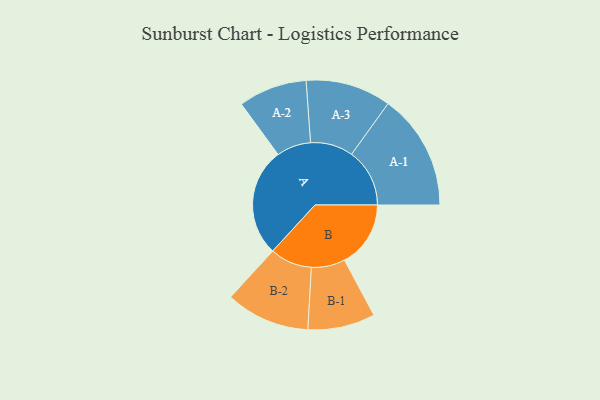
{"axis": {"x": "Segment", "y": "Value"}, "legend": ["", "A", "B"], "data": [{"x": "A", "y": 493, "type": ""}, {"x": "B", "y": 301, "type": ""}, {"x": "A-1", "y": 264, "type": "A"}, {"x": "A-2", "y": 156, "type": "A"}, {"x": "A-3", "y": 194, "type": "A"}, {"x": "B-1", "y": 153, "type": "B"}, {"x": "B-2", "y": 191, "type": "B"}]}